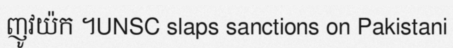
ញូវយ៉ក ។UNSC slaps sanctions on Pakistani